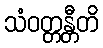
သံဝတ္တန္တီတိ